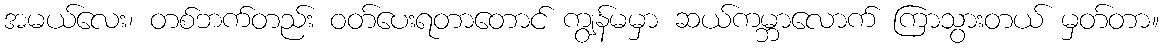
အမယ်လေး၊ တစ်ဘက်တည်း ဝတ်ပေးရတာတောင် ကျွန်မမှာ ဆယ်ကမ္ဘာလောက် ကြာသွားတယ် မှတ်တာ။